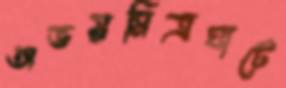
অভয়মিত্রঘাটে